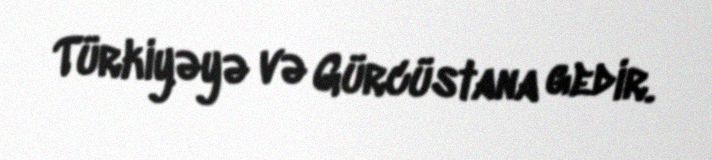
Türkiyəyə və Gürcüstana gedir.